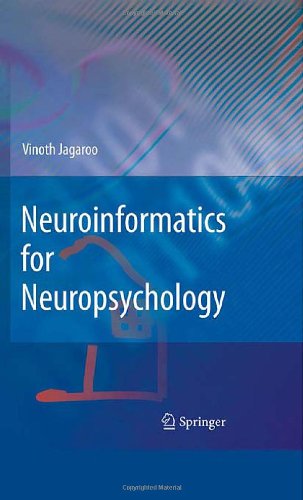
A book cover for Neuroinformatics for Neuropsychology; Vinoth Jagaroo; Computers & Technology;